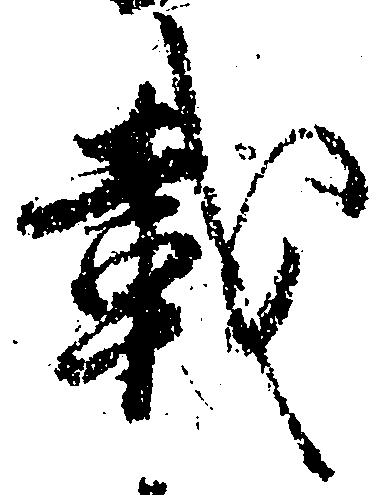
載